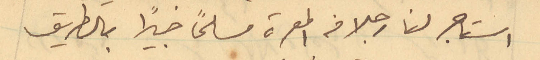
استاجر لنا رجلا في المعرة مسلحًا خبيرًا بالطريق